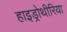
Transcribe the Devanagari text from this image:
हाइड्रोथीरिया